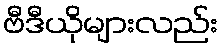
ဗီဒီယိုများလည်း